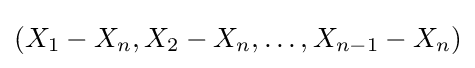
(X_{1}-X_{n},X_{2}-X_{n},\dots ,X_{n-1}-X_{n})